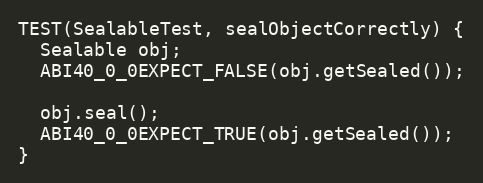
Language: C++
TEST(SealableTest, sealObjectCorrectly) {
  Sealable obj;
  ABI40_0_0EXPECT_FALSE(obj.getSealed());

  obj.seal();
  ABI40_0_0EXPECT_TRUE(obj.getSealed());
}